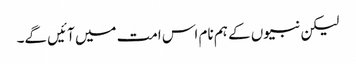
لیکن نبیوں کے ہم نام اس امت میں آئیں گے۔